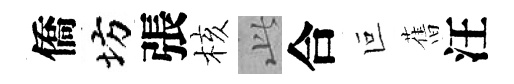
僑坊張核𬼘合叵𦾔汪